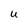
Character: U